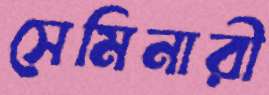
সেমিনারী